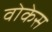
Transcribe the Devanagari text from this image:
वोकेस